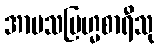
အာမသဗြဟ္မစာရီသု